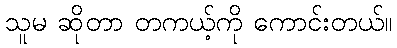
သူမ ဆိုတာ တကယ့်ကို ကောင်းတယ်။